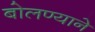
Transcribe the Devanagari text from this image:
बोलण्याने